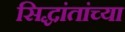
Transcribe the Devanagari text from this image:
सिद्धांतांच्या